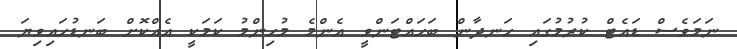
ނަމަވެސް ޑައެޓް ކުރުމުގައި ހަނދާން ބަހައްޓަންވީ އެންމެ މުހިންމު ކަމަކީ އެއްކޮށް ބަނޑުހައިވިޔަ